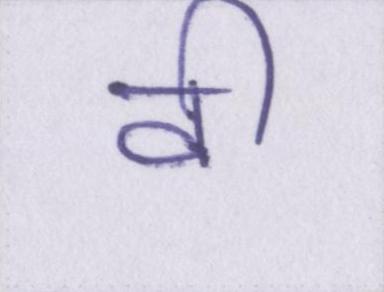
वी